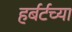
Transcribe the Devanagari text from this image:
हर्बर्टच्या